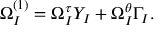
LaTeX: \Omega _ { \cal I } ^ { ( 1 ) } = \Omega _ { \cal I } ^ { \tau } Y _ { \cal I } + \Omega _ { \cal I } ^ { \theta } \Gamma _ { \cal I } .